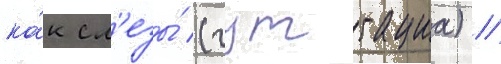
ка́к сл'езы́ (гуттациа) //